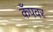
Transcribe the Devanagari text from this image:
कँपवर